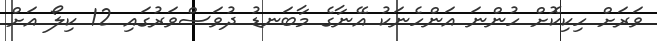
ވަރަށް ހިކިކޮށް ހުންނަ އަންހެނަކު އޭނާގެ މާބަނޑު ދުވަސްވަރުގައި 12 ކިލޯ އަށް